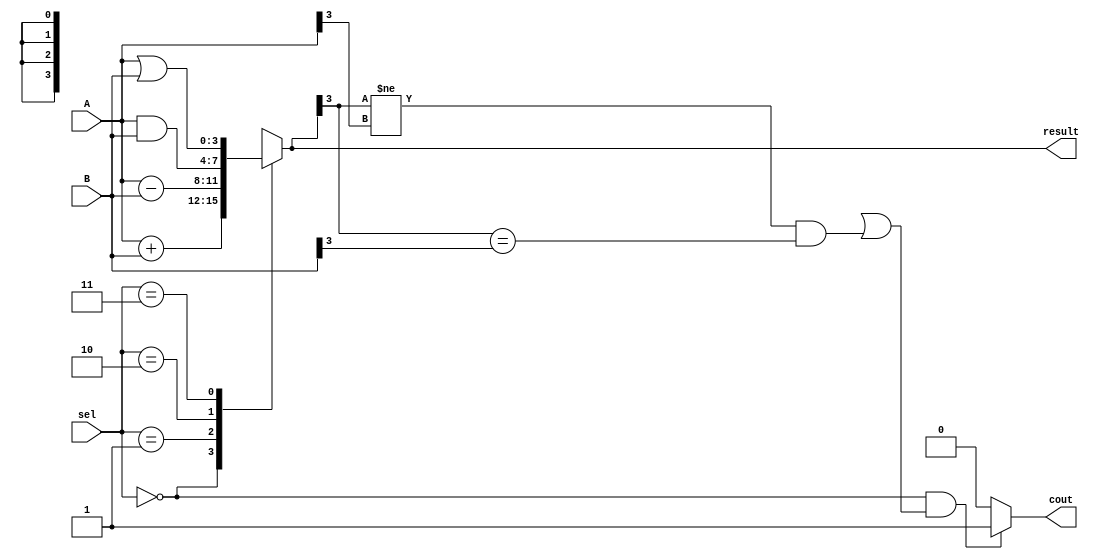
module alu(
    input [3:0] A,
    input [3:0] B,
    input [1:0] sel,
    output reg [3:0] result,
    output reg cout
);

always @ (A or B or sel)
begin
    case(sel)
        2'b00: result = A + B; // ADD operation
        2'b01: result = A - B; // SUB operation
        2'b10: result = A & B; // AND operation
        2'b11: result = A | B; // OR operation
    endcase

    if(sel == 2'b00 && (result[4] == 1 || result[3] != A[3] && result[3] == B[3]))
        cout = 1;
    else
        cout = 0;
end

endmodule